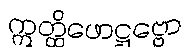
ဣတ္ထိဖောဋ္ဌဗ္ဗော